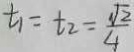
t _ { 1 } = t _ { 2 } = \frac { \sqrt { 2 } } { 4 }